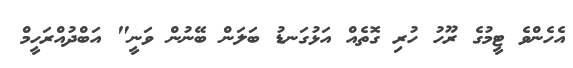
އެހެންވެ ޓީމުގެ ރޫހު ހުރި ގޮތެއް އަޅުގަނޑު ބަލަން ބޭނުން ވަނީ" އަބްދުއްރަހީމް